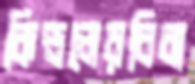
কিন্ডলেরবিবা